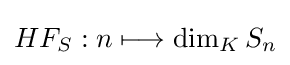
HF_{S}:n\longmapsto \dim _{K}S_{n}